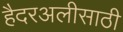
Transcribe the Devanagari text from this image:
हैदरअलीसाठी